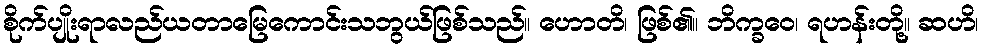
စိုက်ပျိုးရာလည်ယတာမြေကောင်းသဘွယ်ဖြစ်သည်။ ဟောတိ၊ ဖြစ်၏။ ဘိက္ခဝေ၊ ရဟန်းတို့။ ဆဟိ၊